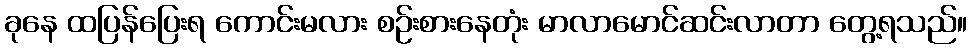
ခုနေ ထပြန်ပြေးရ ကောင်းမလား စဉ်းစားနေတုံး မာလာမောင်ဆင်းလာတာ တွေ့ရသည်။